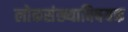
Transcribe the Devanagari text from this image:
लोकसंख्याविषयक